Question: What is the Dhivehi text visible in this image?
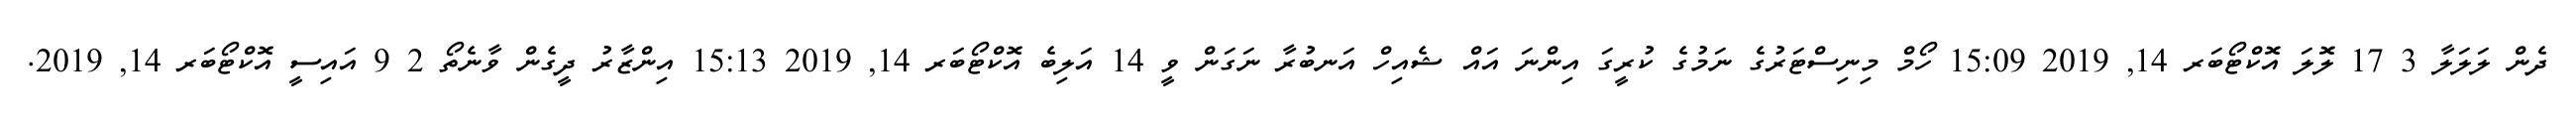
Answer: ދެން ލަލަލާ 3 17 ލޮލަ އޮކްޓޯބަރ 14, 2019 15:09 ހޯމް މިނިސްޓަރުގެ ނަމުގެ ކުރީގަ އިންނަ އައް ޝެއިހް އަނބުރާ ނަގަން ވީ 14 އަލިބެ އޮކްޓޯބަރ 14, 2019 15:13 އިންޒާރު ދީގެން ވާނެތޯ 2 9 އައިސީ އޮކްޓޯބަރ 14, 2019.